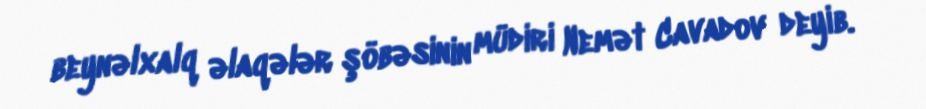
beynəlxalq əlaqələr şöbəsinin müdiri Nemət Cavadov deyib.